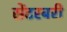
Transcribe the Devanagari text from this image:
सेंटरबरी